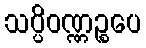
သပ္ပိဝဏ္ဏဉ္စပေ